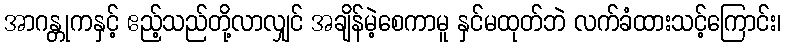
အာဂန္တုကနှင့် ဧည့်သည်တို့လာလျှင် အချိန်မဲ့စေကာမူ နှင်မထုတ်ဘဲ လက်ခံထားသင့်ကြောင်း၊